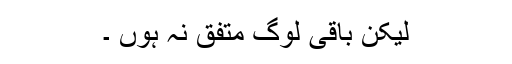
لیکن باقی لوگ متفق نہ ہوں ۔